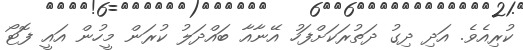
ކުރިއެވެ. އަދި ދިގު ދަތުރަކަށްފަހު އޭނާއާ ބައްދަލު ކުރަން މީހުން އައީ ފޮޓޯ